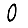
Digit: 0